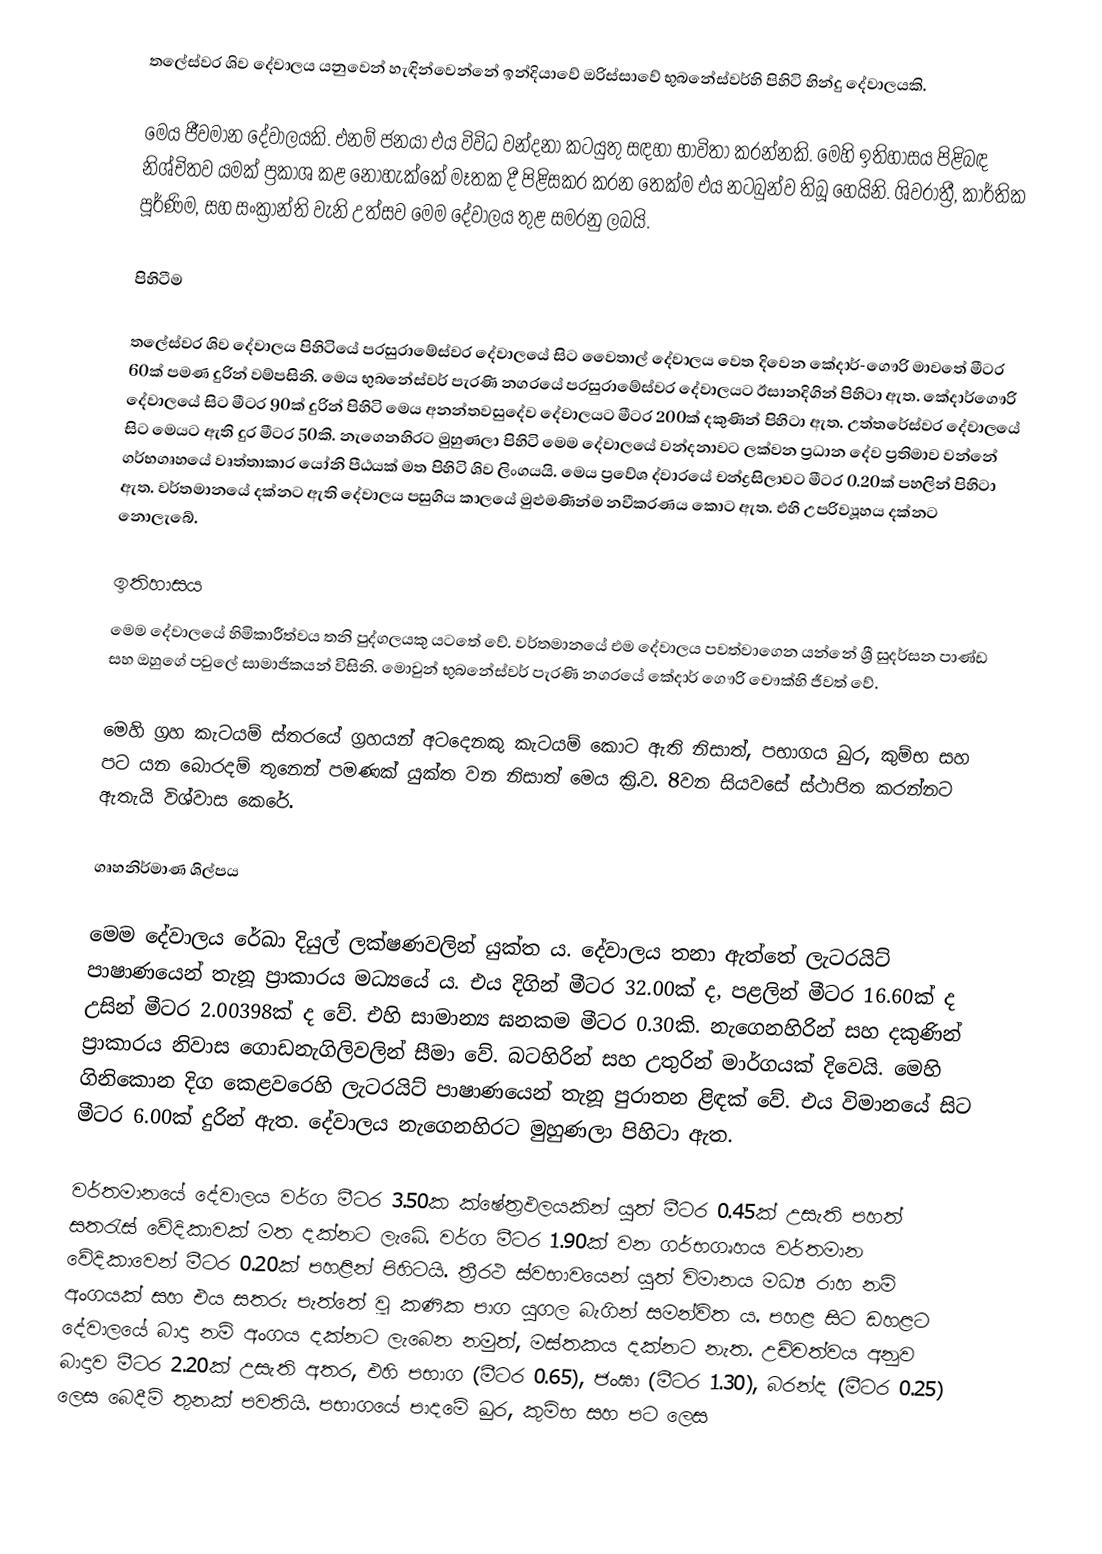
තලේස්වර ශිව දේවාලය යනුවෙන් හැඳින්වෙන්නේ ඉන්දියාවේ ඔරිස්සාවේ භුබනේස්වර්හි පිහිටි හින්දු දේවාලයකි.

මෙය ජීවමාන දේවාලයකි. එනම් ජනයා එය විවිධ වන්දනා කටයුතු සඳහා භාවිතා කරන්නකි. මෙහි ඉතිහාසය පිළිබඳ නිශ්චිතව යමක් ප්‍රකාශ කළ නොහැක්කේ මෑතක දී පිළිසකර කරන තෙක්ම එය නටබුන්ව තිබූ හෙයිනි. ශිවරාත්‍රී, කාර්තික පූර්ණිම, සහ සංක්‍රාන්ති වැනි උත්සව මෙම දේවාලය තුළ සමරනු ලබයි.

පිහිටීම

තලේස්වර ශිව දේවාලය පිහිටියේ පරසු‍රාමේස්වර දේවාලයේ සිට වෛතාල් දේවාලය වෙත දිවෙන කේදාර්-ගෞරි මාවතේ මීටර 60ක් පමණ දුරින් වම්පසිනි. මෙය භුබනේස්වර් පැරණි නගරයේ පරසුරාමේස්වර දේවාලයට ඊසානදිගින් පිහිටා ඇත. කේදාර්ගෞරි දේවාලයේ සිට මීටර 90ක් දුරින් පිහිටි මෙය අනන්තවසුදේව දේවාලයට මීටර 200ක් දකුණින් පිහිටා ඇත. උත්තරේස්වර දේවාලයේ සිට මෙයට ඇති දුර මීටර 50කි. නැගෙනහිරට මුහුණලා පිහිටි මෙම දේවාලයේ වන්දනාවට ලක්වන ප්‍රධාන දේව ප්‍රතිමාව වන්නේ ගර්භගෘහයේ වෘත්තාකාර යෝනි පීඨයක් මත පිහිටි ශිව ලිංගයයි. මෙය ප්‍රවේශ ද්වාරයේ චන්ද්‍රසිලාවට මීටර 0.20ක් පහලින් පිහිටා ඇත. වර්තමානයේ දක්නට ඇති දේවාලය පසුගිය කාලයේ මුළුමණින්ම නවීකරණය කොට ඇත. එහි උපරිව්‍යූහය දක්නට නොලැබේ.

ඉතිහාසය
මෙම දේවාලයේ හිමිකාරීත්වය තනි පුද්ගලයකු යටතේ වේ. වර්තමානයේ එම දේවාලය පවත්වාගෙන යන්නේ ශ්‍රී සුදර්සන පාණ්ඩ සහ ඔහුගේ පවුලේ සාමාජිකයන් විසිනි. මොවුන් භුබනේස්වර් පැරණි නගරයේ කේදාර් ගෞරි චෞක්හි ජීවත් වේ.

මෙහි ග්‍රහ කැටයම් ස්තරයේ ග්‍රහයන් අටදෙනකු කැටයම් කොට ඇති නිසාත්, පභාගය ඛුර, කුම්භ සහ පට යන බොරදම් තුනෙන් පමණක් යුක්ත වන නිසාත් මෙය ක්‍රි.ව. 8වන සියවසේ ස්ථාපිත කරන්නට ඇතැයි විශ්වාස කෙරේ.

ගෘහනිර්මාණ ශිල්පය

මෙම දේවාලය රේඛා දියුල් ලක්ෂණවලින් යුක්ත ය. දේවාලය තනා ඇත්තේ ලැටරයිට් පාෂාණයෙන් තැනූ ප්‍රාකාරය මධ්‍යයේ ය. එය දිගින් මීටර 32.00ක් ද, පළලින් මීටර 16.60ක් ද උසින් මීටර 2.00398ක් ද වේ. එහි සාමාන්‍ය ඝනකම මීටර 0.30කි. නැගෙනහිරින් සහ දකුණින් ප්‍රාකාරය නිවාස ගොඩනැගිලිවලින් සීමා වේ. බටහිරින් සහ උතුරින් මාර්ගයක් දිවෙයි. මෙහි ගිනිකොන දිග කෙළවරෙහි ලැටරයිට් පාෂාණයෙන් තැනූ පුරාතන ළිඳක් වේ. එය විමානයේ සිට මීටර 6.00ක් දුරින් ඇත. දේවාලය නැගෙනහිරට මුහුණලා පිහිටා ඇත.

වර්තමානයේ දේවාලය වර්ග මීටර 3.50ක ක්ෂේත්‍රඵලයකින් යුත් මීටර 0.45ක් උසැති පහත් සතරැස් වේදිකාවක් මත දක්නට ලැබේ. වර්ග මීටර 1.90ක් වන ගර්භගෘහය වර්තමාන වේදිකාවෙන් මීටර 0.20ක් පහළින් පිහිටයි. ත්‍රීරථ ස්වභාවයෙන් යුත් විමානය මධ්‍ය රාහ නම් අංගයක් සහ එය සතරු පැත්තේ වූ කණික පාග යුගල බැගින් සමන්විත ය. පහළ සිට ඩහළට දේවාලයේ බාදා නම් අංගය දක්නට ලැබෙන නමුත්, මස්තකය දක්නට නැත. උච්චත්වය අනුව බාදාව මීටර 2.20ක් උසැති අතර, එහි පභාග (මීටර 0.65), ජංඝා (මීටර 1.30), බරන්ද (මීටර 0.25) ලෙස බෙදීම් තුනක් පවතියි. පභාගයේ පාදමේ ඛුර, කුම්භ සහ පට ලෙස